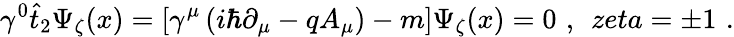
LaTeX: \gamma^{0}\hat{t}_{2}\Psi_{\zeta}(x)=\left[\gamma^{\mu}\left(i\hbar\partial_{\mu}-qA_{\mu}\right)-m\right]\Psi_{\zeta}(x)=0\, \, ,\; \, zeta=\pm 1\, \, .